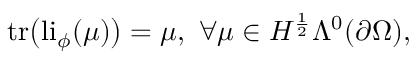
\mathrm { t r } \big ( \mathrm { l i } _ { \phi } ( \mu ) \big ) = \mu , \ \forall \mu \in H ^ { \frac { 1 } { 2 } } \Lambda ^ { 0 } ( \partial \Omega ) ,